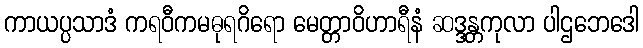
ကာယပ္ပသာဒံ ကရဝီကမဓုရဂိရော မေတ္တာဝိဟာရီနံ ဆဒ္ဒန္တကုလာ ပါဌဘေဒေါ